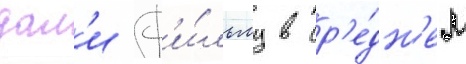
дал'и ф'и́льму в ср'е́дн'ем